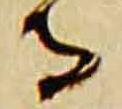
寺